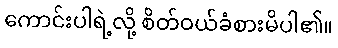
ကောင်းပါရဲ့လို့ စိတ်ဝယ်ခံစားမိပါ၏။